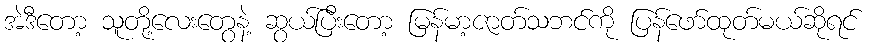
အဲဒီတော့ သူတို့လေးတွေနဲ့ ဆွယ်ပြီးတော့ မြန်မာ့ဇာတ်သဘင်ကို ပြန်ဖော်ထုတ်မယ်ဆိုရင်